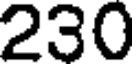
230